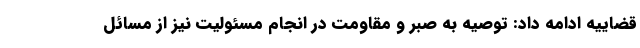
قضاییه ادامه داد: توصیه به صبر و مقاومت در انجام مسئولیت نیز از مسائل